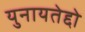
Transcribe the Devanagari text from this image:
युनायतेद्दो